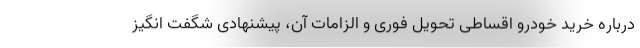
درباره خرید خودرو اقساطی تحویل فوری و الزامات آن، پیشنهادی شگفت انگیز